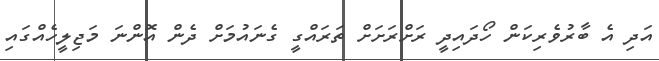
އަދި އެ ބާރުވެރިކަން ހޯދައިދީ ރަށްރަށަށް ތަރައްގީ ގެނައުމަށް ދެން އޮންނަ މަޖިލީހެއްގައި